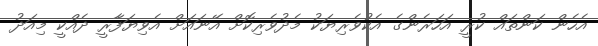
އެހެން ކަންތައް ކުރީ އަހަރެންގެ އެކުވެރިޔަކު މެދުވެރިކޮށް އޭނައަށް އެވިޔަފާރީ ދެއްކީ މިއަދު